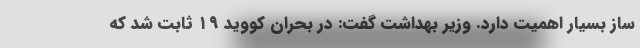
ساز بسیار اهمیت دارد. وزیر بهداشت گفت: در بحران کووید ۱۹ ثابت شد که